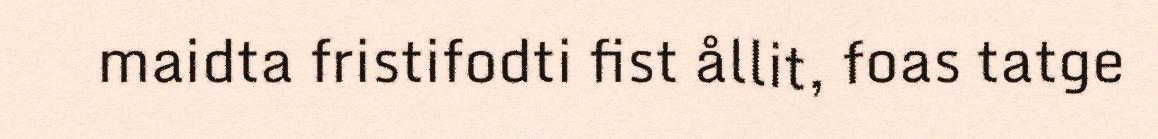
maidta fristifodti fist ållit, foas tatge